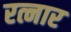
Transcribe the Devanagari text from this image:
रत्नार